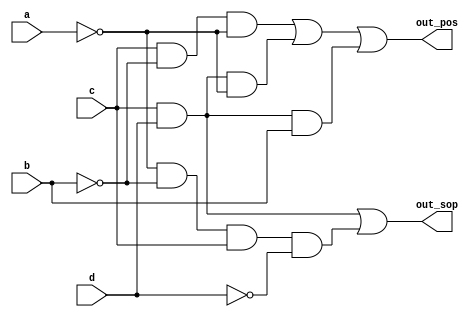
module top_module (
    input a,
    input b,
    input c,
    input d,
    output out_sop,
    output out_pos
); 

assign out_sop = (c&d) | (~a&~b&c&~d);
assign out_pos = (c&~b&~a) | (c&d&~a) | (c&d&b);

endmodule